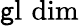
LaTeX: \operatorname{\mathsf{g}l}\, \dim